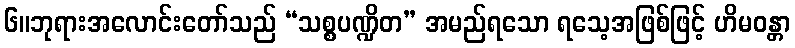
၆။ဘုရားအလောင်းတော်သည် “သစ္စပဏ္ဍိတ” အမည်ရသော ရသေ့အဖြစ်ဖြင့် ဟိမဝန္တာ